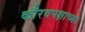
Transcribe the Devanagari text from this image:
कौरवपक्षाच्या